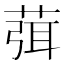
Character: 葞